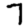
Digit: 7